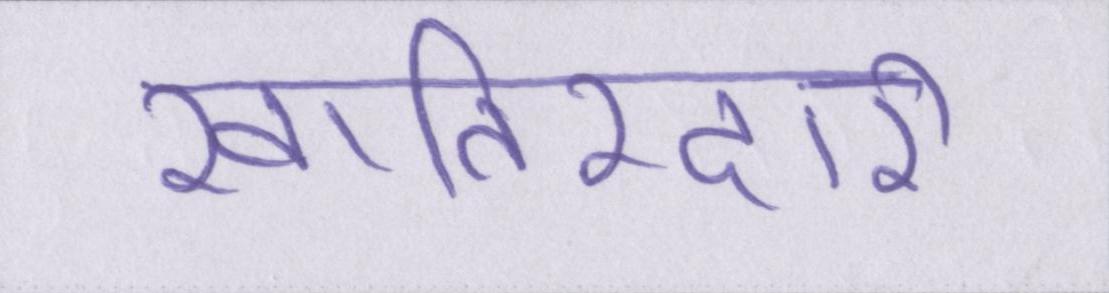
खातिरदारी